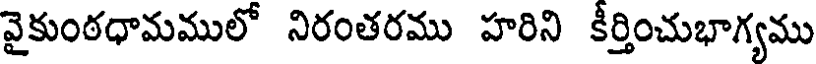
వైకుంఠధామములో నిరంతరము హరిని కీర్తించుభాగ్యము